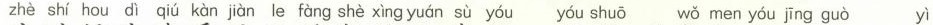
zhè shí hou dì qiú kàn jiàn le fàng shè xìng yuán sù yóu shuō wǒ men yóu jīng guò yì